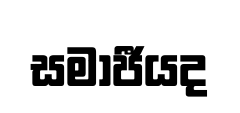
සමාජීයද